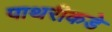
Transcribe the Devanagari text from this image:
पाथरीकडे